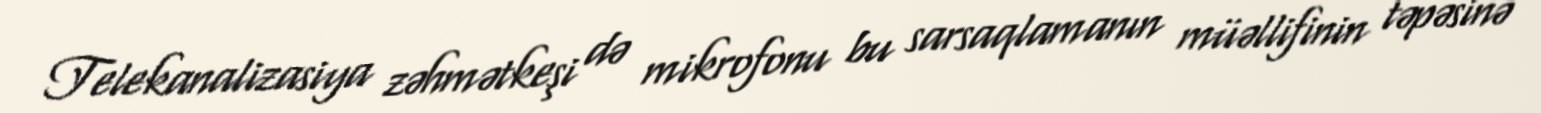
Telekanalizasiya zəhmətkeşi də mikrofonu bu sarsaqlamanın müəllifinin təpəsinə